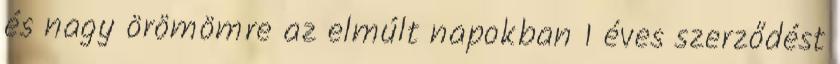
és nagy örömömre az elmúlt napokban 1 éves szerződést